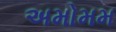
અમોમમ